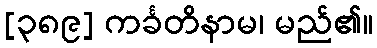
[၃၈၉] ကင်္ခတိနာမ၊ မည်၏။